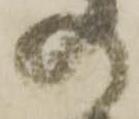
の